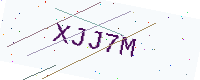
Text: XJJ7M